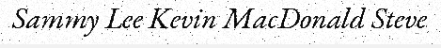
Sammy Lee Kevin MacDonald Steve